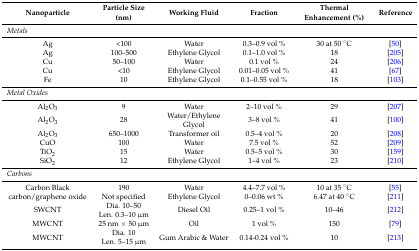
<table><thead><tr><td><b>Nanoparticle</b></td><td><b>Particle Size (nm)</b></td><td><b>Working Fluid</b></td><td><b>Fraction</b></td><td><b>Thermal Enhancement (%)</b></td><td><b>Reference</b></td></tr></thead><tbody><tr><td colspan="6"><i>Metals</i></td></tr><tr><td>Ag</td><td>&lt;100</td><td>Water</td><td>0.3–0.9 vol %</td><td>30 at 50 °C</td><td>[50]</td></tr><tr><td>Ag</td><td>100–500</td><td>Ethylene Glycol</td><td>0.1–1.0 vol %</td><td>18</td><td>[205]</td></tr><tr><td>Cu</td><td>50–100</td><td>Water</td><td>0.1 vol %</td><td>24</td><td>[206]</td></tr><tr><td>Cu</td><td>&lt;10</td><td>Ethylene Glycol</td><td>0.01–0.05 vol %</td><td>41</td><td>[67]</td></tr><tr><td>Fe</td><td>10</td><td>Ethylene Glycol</td><td>0.1–0.55 vol %</td><td>18</td><td>[103]</td></tr><tr><td colspan="6"><i>Metal Oxides</i></td></tr><tr><td>Al<sub>2</sub>O<sub>3</sub></td><td>9</td><td>Water</td><td>2–10 vol %</td><td>29</td><td>[207]</td></tr><tr><td>Al<sub>2</sub>O<sub>3</sub></td><td>28</td><td>Water/Ethylene Glycol</td><td>3–8 vol %</td><td>41</td><td>[100]</td></tr><tr><td>Al<sub>2</sub>O<sub>3</sub></td><td>650–1000</td><td>Transformer oil</td><td>0.5–4 vol %</td><td>20</td><td>[208]</td></tr><tr><td>CuO</td><td>100</td><td>Water</td><td>7.5 vol %</td><td>52</td><td>[209]</td></tr><tr><td>TiO<sub>2</sub></td><td>15</td><td>Water</td><td>0.5–5 vol %</td><td>30</td><td>[159]</td></tr><tr><td>SiO<sub>2</sub></td><td>12</td><td>Ethylene Glycol</td><td>1–4 vol %</td><td>23</td><td>[210]</td></tr><tr><td colspan="6"><i>Carbons</i></td></tr><tr><td>Carbon Black</td><td>190</td><td>Water</td><td>4.4–7.7 vol %</td><td>10 at 35 °C</td><td>[55]</td></tr><tr><td>carbon/graphene oxide</td><td>Not specified</td><td>Ethylene Glycol</td><td>0–0.06 wt %</td><td>6.47 at 40 °C</td><td>[211]</td></tr><tr><td>SWCNT</td><td>Dia. 10–50Len. 0.3–10 μm</td><td>Diesel Oil</td><td>0.25–1 vol %</td><td>10–46</td><td>[212]</td></tr><tr><td>MWCNT</td><td>25 nm × 50 μm</td><td>Oil</td><td>1 vol %</td><td>150</td><td>[79]</td></tr><tr><td>MWCNT</td><td>Dia. 10Len. 5–15 μm</td><td>Gum Arabic &amp; Water</td><td>0.14-0.24 vol %</td><td>10</td><td>[213]</td></tr></tbody></table>